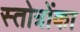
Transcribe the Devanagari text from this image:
स्तोत्रोंका